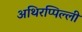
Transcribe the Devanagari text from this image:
अथिरप्पिल्ली